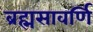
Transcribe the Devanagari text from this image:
ब्रह्मसावर्णि